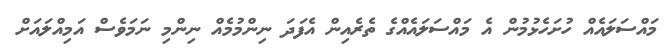
މައްސަލައެއް ހުށަހެޅުމުން އެ މައްސަލައެއްގެ ތެރެއިން އެފަދަ ނިންމުމެއް ނިންމި ނަމަވެސް އަމިއްލައަށް